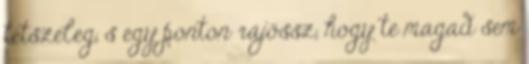
tetszeleg, s egy ponton rájössz, hogy te magad sem